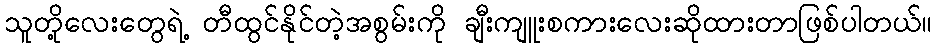
သူတို့လေးတွေရဲ့ တီထွင်နိုင်တဲ့အစွမ်းကို ချီးကျူးစကားလေးဆိုထားတာဖြစ်ပါတယ်။